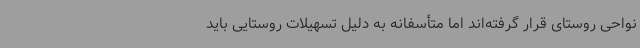
نواحی روستای قرار گرفته‌اند اما متأسفانه به دلیل تسهیلات روستایی باید